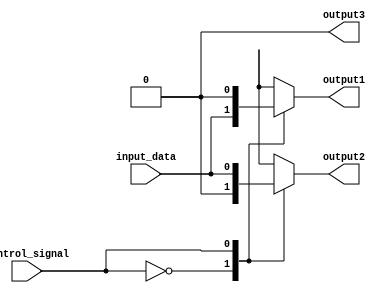
module demultiplexer(input wire input_data,
                        input wire control_signal,
                        output reg output1,
                        output reg output2,
                        output reg output3);

    always @(*)
    begin
        case(control_signal)
            2'b00: begin
                    output1 = input_data;
                    output2 = 1'b0;
                    output3 = 1'b0;
                  end
            2'b01: begin
                    output1 = 1'b0;
                    output2 = input_data;
                    output3 = 1'b0;
                  end
            2'b10: begin
                    output1 = 1'b0;
                    output2 = 1'b0;
                    output3 = input_data;
                  end
        endcase
    end

endmodule